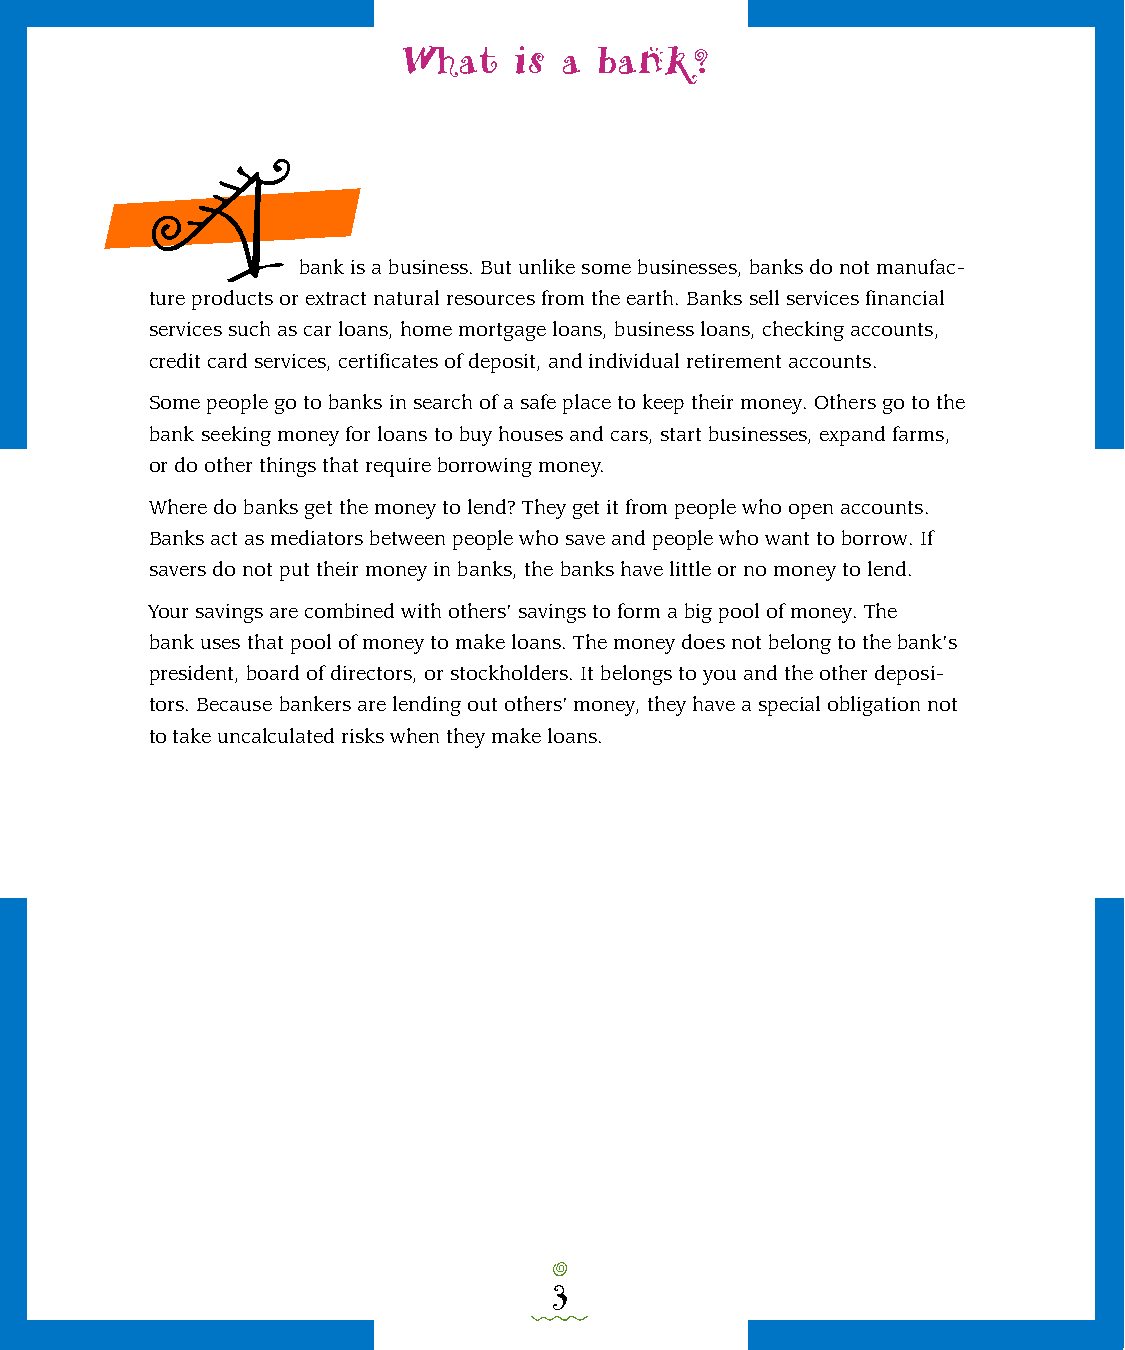
What   is a  bank?
 A
 bank is a business. But unlike some businesses, banks do not manufac-
 ture products or extract natural resources from the earth. Banks sell services financial
 services such as car loans, home mortgage loans, business loans, checking accounts,
 credit card services, certificates of deposit, and individual retirement accounts.
 Some people go to banks in search of a safe place to keep their money. Others go to the
 bank seeking money for loans to buy houses and cars, start businesses, expand farms,
 or do other things that require borrowing money.
 Where do banks get the money to lend? They get it from people who open accounts.
 Banks act as mediators between people who save and people who want to borrow. If
 savers do not put their money in banks, the banks have little or no money to lend.
 Your savings are combined with others’ savings to form a big pool of money. The
 bank uses that pool of money to make loans. The money does not belong to the bank’s
 president, board of directors, or stockholders. It belongs to you and the other deposi-
 tors. Because bankers are lending out others’ money, they have a special obligation not
 to take uncalculated risks when they make loans.
 o
 3
 0